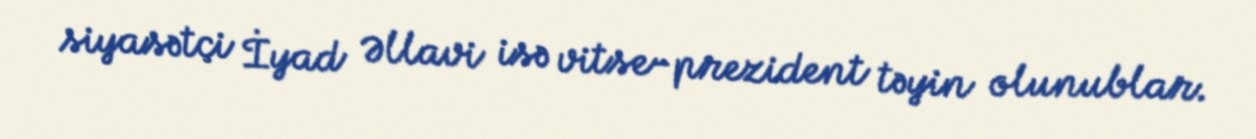
siyasətçi İyad Əllavi isə vitse-prezident təyin olunublar.